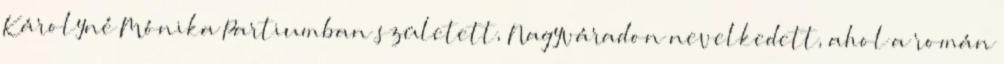
Károlyné Mónika Partiumban született, Nagyváradon nevelkedett, ahol a román